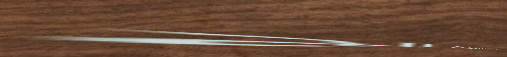
محلات الأزياء الشرقية الج